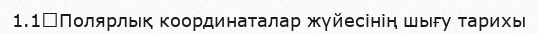
1.1	Полярлық координаталар жүйесінің шығу тарихы